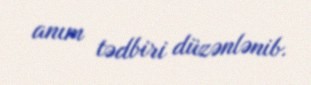
anım tədbiri düzənlənib.